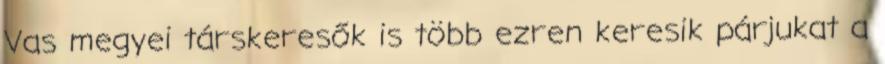
Vas megyei társkeresők is több ezren keresik párjukat a